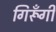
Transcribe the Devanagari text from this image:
गिरूँगी